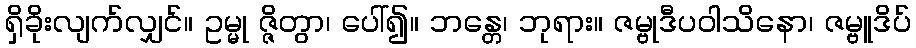
ရှိခိုးလျက်လျှင်။ ဥမ္မု ဇ္ဇိတွာ၊ ပေါ်၍။ ဘန္တေ၊ ဘုရား။ ဇမ္ဗုဒီပဝါသိနော၊ ဇမ္ဗူဒိပ်